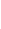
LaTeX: H\! \! \! \! \! \! \! \! \! \! \! \! (\! \! \! \! \! \! \! \! \! \! \! \! 0\! \! \! \! \! \! \! \! \! \! \! \! ,t\! \! \! \! \! \! \! \! \! \! \! \! )\! \! \! \! \! \! \! \! \! \! \! \! =A\! \! \! \! \! \! \! \! \! \! \! \! (\! \! \! \! \! \! \! \! \! \! \! \! \theta\! \! \! \! \! \! \! \! \! \! \! \! (t\! \! \! \! \! \! \! \! \! \! \! \! )\! \! \! \! \! \! \! \! \! \! \! \! )\! \! \! \! \! \! \! \! \! \! \! \! =\! \! \! \! \! \! \! \! \! \! \! \! \Theta\! \! \! \! \! \! \! \! \! \! \! \! (t\! \! \! \! \! \! \! \! \! \! \! \! )\! \! \! \! \! \! \! \! \! \! \!